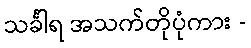
သင်္ခါရ အသက်တိုပုံကား -